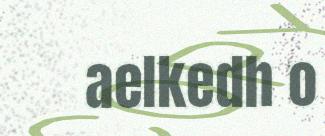
aelkedh o